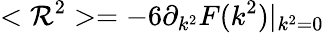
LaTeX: <\mathcal{R}^{2}>=-6\partial_{k^{2}}F(k^{2})|_{k^{2}=0}